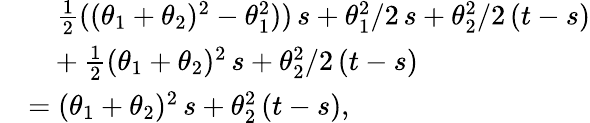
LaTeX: \begin{array}{rl}&{~~~~\frac{1}{2}((\theta_{1}+\theta_{2})^{2}-\theta_{1}^{2}))\, s+\theta_{1}^{2}/2\, s+\theta_{2}^{2}/2\, (t-s)}\\ &{~~~+\frac{1}{2}(\theta_{1}+\theta_{2})^{2}\, s+\theta_{2}^{2}/2\, (t-s)}\\ &{=(\theta_{1}+\theta_{2})^{2}\, s+\theta_{2}^{2}\, (t-s),}\end{array}